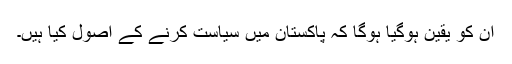
اُن کو یقین ہوگیا ہوگا کہ پاکستان میں سیاست کرنے کے اصول کیا ہیں۔